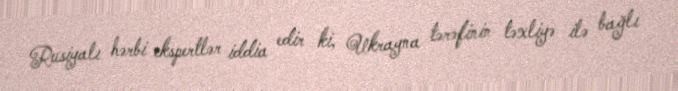
Rusiyalı hərbi ekspertlər iddia edir ki, Ukrayna tərəfinin təxliyə ilə bağlı